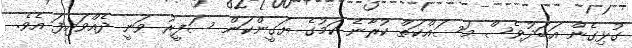
ގުޅިގެން އަބަދުވެސް މަސައްކަތް ކުރާނެ ކަމުގެ ޔަގީންކަން ސަފީރު ވަނީ ދެއްވައިފަ އެވެ.